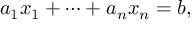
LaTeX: a _ { 1 } x _ { 1 } + \cdots + a _ { n } x _ { n } = b ,